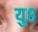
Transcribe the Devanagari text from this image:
यु८